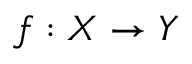
f : X \to Y